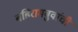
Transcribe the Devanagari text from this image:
बहिरामबुवांची